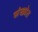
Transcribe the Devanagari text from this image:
संख्‍येत